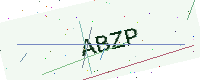
Text: ABZP